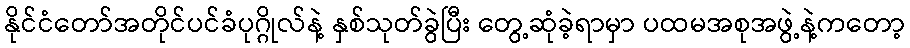
နိုင်ငံတော်အတိုင်ပင်ခံပုဂ္ဂိုလ်နဲ့ နှစ်သုတ်ခွဲပြီး တွေ့ဆုံခဲ့ရာမှာ ပထမအစုအဖွဲ့နဲ့ကတော့